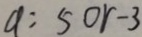
a = 5 0 r - 3